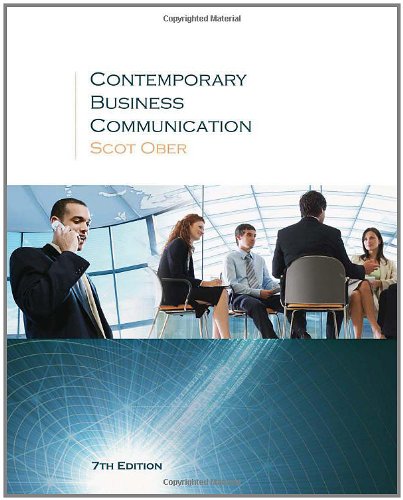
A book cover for Contemporary Business Communication Seventh Edition; Scot Ober; Business & Money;